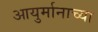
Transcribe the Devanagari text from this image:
आयुर्मानाच्या